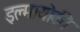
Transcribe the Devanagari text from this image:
इल्मायोकी